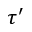
\tau ^ { \prime }